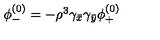
\begin{array} { c } { \phi _ { - } ^ { ( 0 ) } = - \rho ^ { 3 } \gamma _ { \bar { x } } \gamma _ { \bar { y } } \phi _ { + } ^ { ( 0 ) } } \\ \end{array}